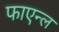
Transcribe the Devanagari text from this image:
फाएन्ल